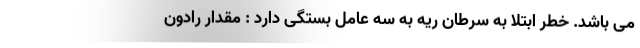
می باشد. خطر ابتلا به سرطان ریه به سه عامل بستگی دارد : مقدار رادون